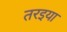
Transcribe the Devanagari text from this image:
तरइया